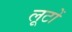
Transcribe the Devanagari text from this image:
लूटों